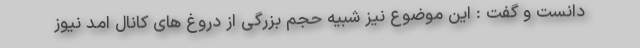
دانست و گفت : این موضوع نیز شبیه حجم بزرگی از دروغ های کانال امد نیوز